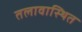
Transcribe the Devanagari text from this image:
तलावास्थित